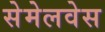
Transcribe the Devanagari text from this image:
सेमेलवेस